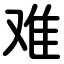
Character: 难